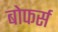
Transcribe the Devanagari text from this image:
बोफर्स